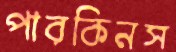
পারকিনস